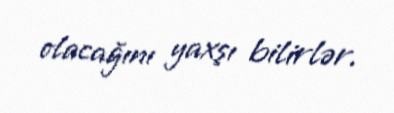
olacağını yaxşı bilirlər.